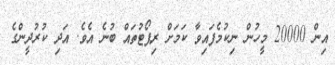
އިން 20000 މީހުން ނިކުމެފައިވާ ކަމަށް ރިޕޯޓުތައް ބުނެ އެވެ. އަދި ކުރުދީންގެ